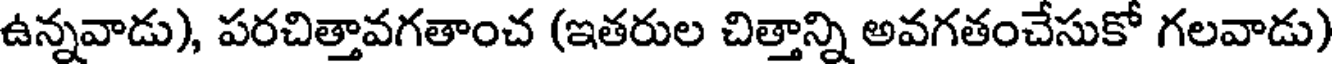
ఉన్నవాడు), పరచిత్తావగతాంచ (ఇతరుల చిత్తాన్ని అవగతంచేసుకో గలవాడు)